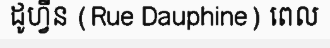
ដូហ្វីន (Rue Dauphine) ពេល